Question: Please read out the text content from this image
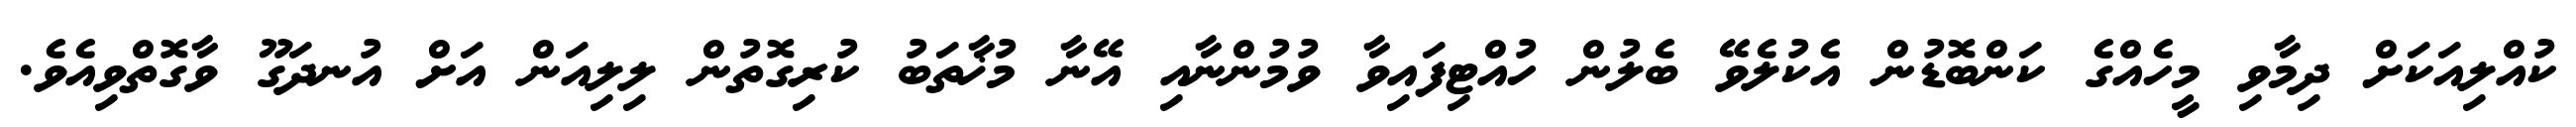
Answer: ކުއްލިއަކަށް ދިމާވި މީހެއްގެ ކަންބޮޑުން އެކުލެވޭ ބެލުން ހުއްޓިފައިވާ ވުމުންނާއި އޭނާ މުޚާތަބު ކުރިގޮތުން ލިލިއަން އަށް އުނދަގޫ ވާގޮތްވިއެވެ.